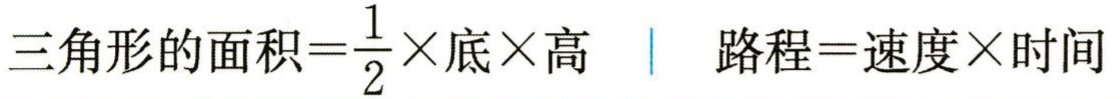
三角形的面积=$\frac{1}{2}×$底×高  路程=速度×时间